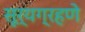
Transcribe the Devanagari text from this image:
सूर्यग्रहणे